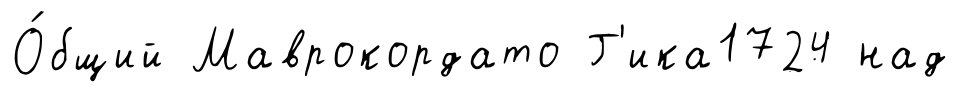
О́бщий Маврокордато Г'ика1724 над